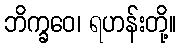
ဘိက္ခဝေ၊ ရဟန်းတို့။